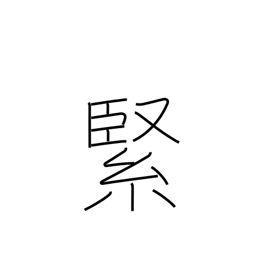
Meaning: solid